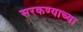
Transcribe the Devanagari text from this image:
सरकण्याच्या